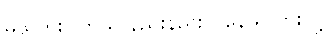
မသိဘူး။ ကိုယ် နည်းနည်း ပူနေသလားလို့။